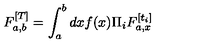
F _ { a , b } ^ { [ T ] } = \int _ { a } ^ { b } d x f ( x ) \Pi _ { i } F _ { a , x } ^ { [ t _ { i } ] }